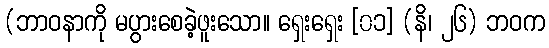
(ဘာဝနာကို မပွားစေခဲ့ဖူးသော။ ရှေးရှေး [၀၁] (နိ၊ ၂၆) ဘဝက